Vaccination in Bombay 1874-1876 - 1874-1876
Year: 1874
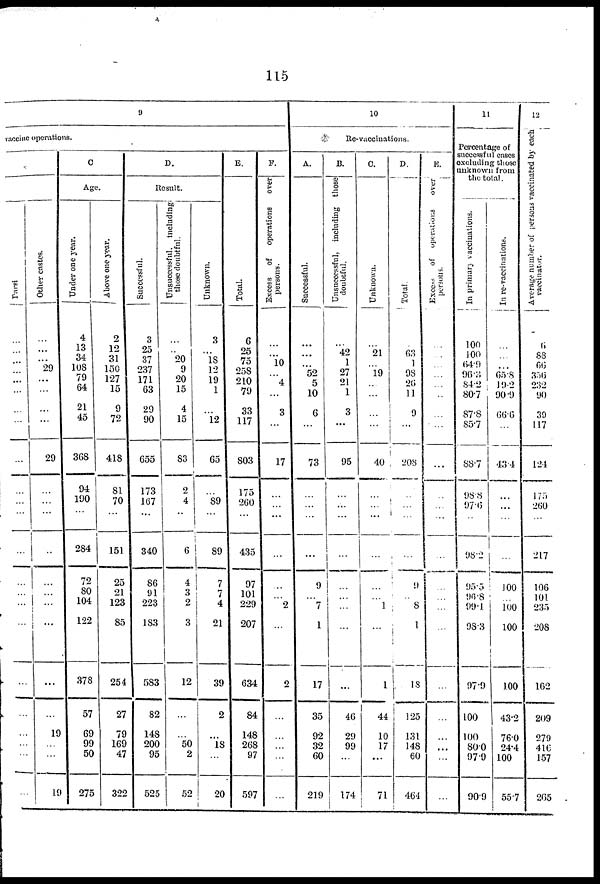
115
9
vaccine operations.
Parsi
...
...
...
...
...
...
...
...
...
...
...
...
...
...
...
...
...
...
...
...
...
...
...
Other castes.
...
...
...
29
...
...
...
...
29
...
...
...
...
...
...
...
...
...
...
19
...
...
19
C.
Age.
Under one year.
4
13 34
108
79
64
21
45
368
94
190
...
284
72
80
104
122
378
57
69
99
50
275
Above one year.
2
12
31
150
127
15
9
72
418
81
70
...
151
25
21
123
85
254
27
79
169
47
322
D.
Result.
Successful.
3
25
37
237
171
63
29
90
655
173
167
...
340
86
91
223
183
583
82
148
200
95
525
Unsuccessful, including
those doubtful.
...
...
20
9
20
15
4
15
83
2
4
...
6
4
3
2
3
12
...
...
50
2
52
Unknown.
3
...
18 12
19
1
...
12
65
...
89
...
89
7
7
4
21
39
2
...
18
...
20
E.
Total.
6
25
75
238
210
79
33
117
803
175
260
...
435
97
101
229
207
634
84
148
268
97
597
F.
Excess of operations
over
persons.
...
...
10
...
4
...
3
...
17
...
...
...
...
...
...
2
...
2
...
...
...
...
...
10
Re-vaccinations.
A.
Successful.
...
...
...
52
5
10
6
...
73
...
...
...
...
9
...
7
1
17
35
92
32
60
219
B.
Unsuccessful, including those
doubtful.
...
42
1
27
21
1
3
...
95
...
...
...
...
...
...
...
...
...
46
29
99
...
174
C.
Unknown.
...
21
...
19
...
...
...
...
40
...
...
...
...
...
...
1
...
1
44
10
17
...
71
D.
Total.
...
63
1
98
26
11
9
...
208
...
...
...
...
9
...
8
1
18
125
131
148
60
464
E.
Excess of operations
over
persons.
...
...
...
...
...
...
...
...
...
...
...
...
...
...
...
...
...
...
...
...
...
...
...
11
Percentage of
successful cases
excluding those
unknown from
the total.
In primary vaccinations.
100
100
64.9
96.3
84.2
80.7
87.8
85.7
88.7
98.8
97.6
...
98.2
95.5
96.8
99.1
98.3
97.9
100
100
80.0
97.9
90.9
In re-vaccinations.
...
...
...
65.8
19.2
90.9
66.6
...
43.4
...
...
...
...
100
...
100
100
100
43.2
76.0
24.4
100
55.7
12
average number of persons vaccinated by each
vaccinatur.
6
88
66
356
232
90
39
117
124
175
260
...
217
106
101
235
208
162
209
279
416
157
265